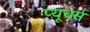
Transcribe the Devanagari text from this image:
प्यूचर्स